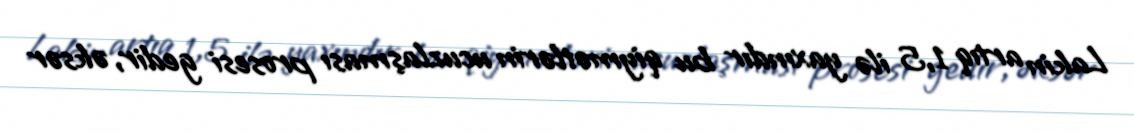
Lakin artıq 1,5 ilə yaxındır bu qiymətlərin ucuzlaşması prosesi gedir, əksər